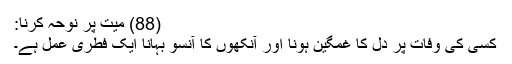
(88) میت پر نوحہ کرنا:
کسی کی وفات پر دل کا غمگین ہونا اور آنکھوں کا آنسو بہانا ایک فطری عمل ہے۔